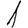
Digit: 1